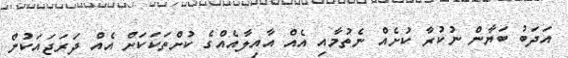
އަދަބު ބަޔާން ނުކުރާ ކުށެއް ނެތުމާއި އެއް އާއިލާއެއްގެ ކުށްތަކަކަށް އެއް ދަރަޖައަކުން